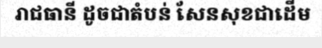
រាជធានី ដូចជាតំបន់ សែនសុខជាដើម